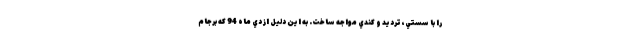
را با سستي، ترديد و كندي مواجه ساخت. به اين دليل از دي ماه 94 كه برجام